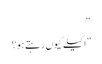
“
”اکیلے کیوں رہتے ہو؟